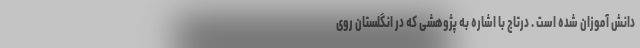
دانش آموزان شده است . درتاج با اشاره به پژوهشی که در انگلستان روی